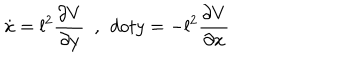
\dot { x } = l ^ { 2 } \frac { \partial V } { \partial y } \ \ , \ \, d o t { y } = - l ^ { 2 } \frac { \partial V } { \partial x }